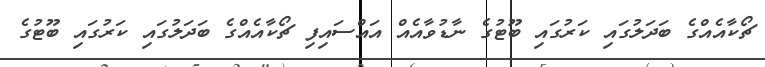
ޗޯކާއެއްގެ ބަދަލުގައި ކަރުގައި ބޫޓުގެ ނާޑުވާއެއް އައްސައިފި ޗޯކާއެއްގެ ބަދަލުގައި ކަރުގައި ބޫޓުގެ